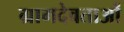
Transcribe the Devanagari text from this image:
ग्रामदेवताओं